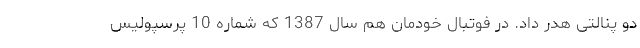
دو پنالتی هدر داد. در فوتبال خودمان هم سال 1387 که شماره 10 پرسپولیس